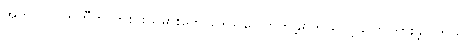
အက်သလက်တီကို ကစားသမားတွေ ဒေါသပေါက်ကွဲခဲ့ရတယ်လို့ ပြောကြားခဲ့ပါတယ်။